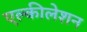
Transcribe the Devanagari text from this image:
एल्कीलेशन